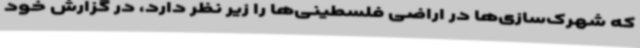
که شهرک‌سازی‌ها در اراضی فلسطینی‌ها را زیر نظر دارد، در گزارش خود